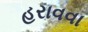
હરાવવા